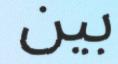
بين